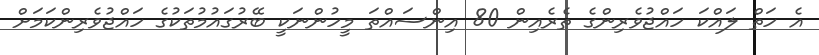
އެ ހަތް ލައްކަ ހައްޖުވެރިންގެ ތެރެއިން 80 އިންސައްތަ މީހުންނަކީ ބޭރުގައުމުތަކުގެ ހައްޖުވެރިންކަމަށް